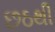
છઠથી